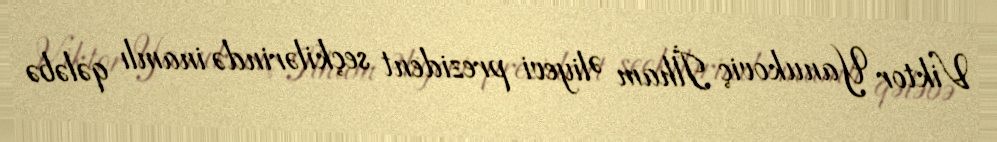
Viktor Yanukoviç İlham Əliyevi prezident seçkilərində inamlı qələbə